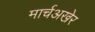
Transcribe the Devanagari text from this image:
मार्चअखेर